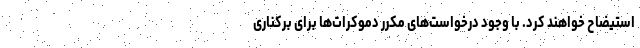
استیضاح خواهند کرد. با وجود درخواست‌های مکرر دموکرات‌ها برای برکناری